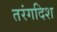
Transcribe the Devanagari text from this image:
तरंगदिश